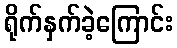
ရိုက်နှက်ခဲ့ကြောင်း